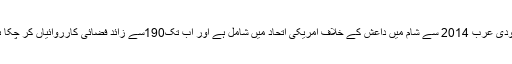
سعودی عرب 2014 سے شام میں داعش کے خلاف امریکی اتحاد میں شامل ہے اور اب تک190سے زائد فضائی کارروائیاں کر چکا ہے۔